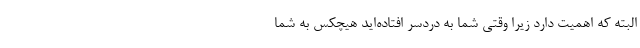
البته که اهمیت دارد زیرا وقتی شما به دردسر افتاده‌اید هیچکس به شما